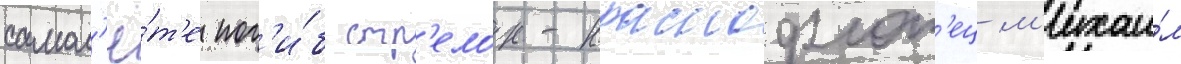
самол'ё́т'е пог'и́б стр'елок-краснофлот'ец м'ихаи́л